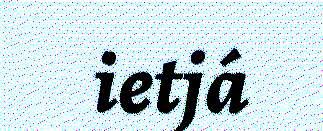
ietjá